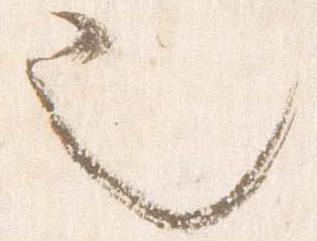
也